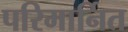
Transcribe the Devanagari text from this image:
परिमार्नित